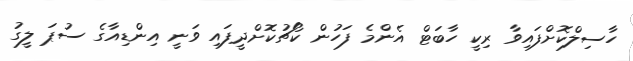
ހާސިލްކޮށްފައިވާ ރިކީ ހާބަޓް އެންމެ ފަހުން ކޯޗުކޮށްދީފައި ވަނީ އިންޑިއާގެ ސުޕަ ލީގު